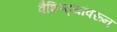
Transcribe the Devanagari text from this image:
वैशिष्ट्यांवरून